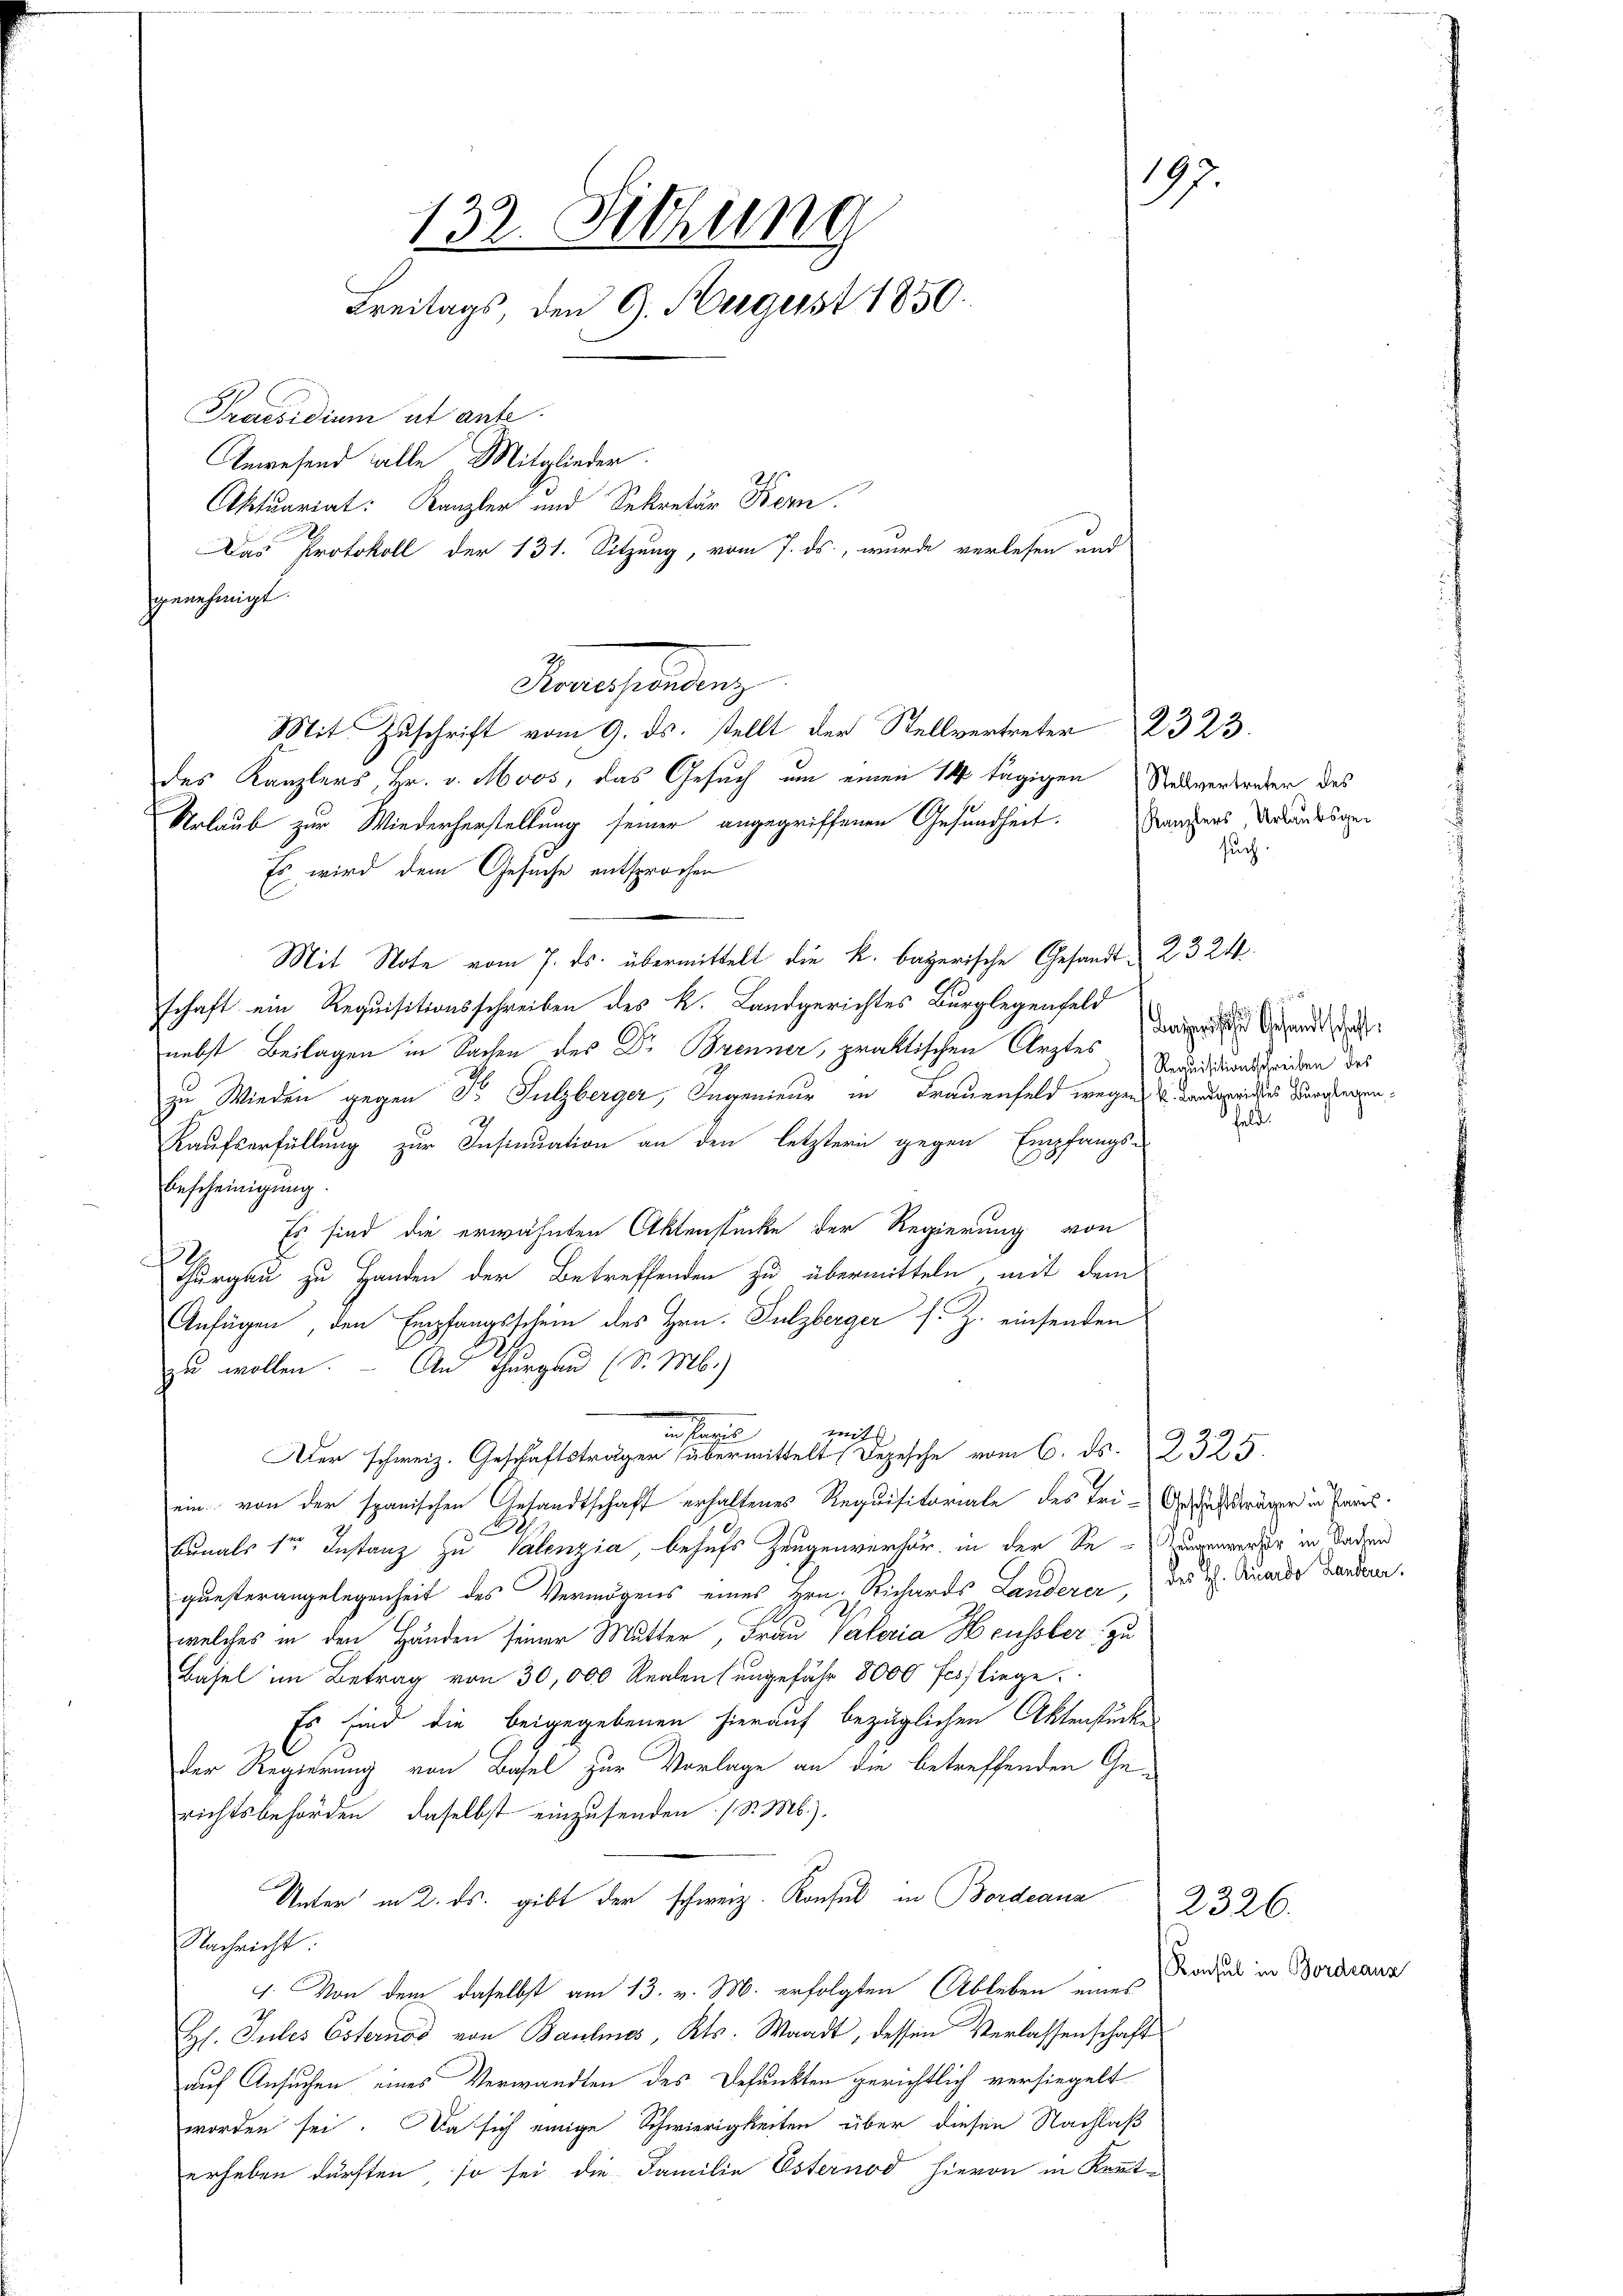
132. Sitzung
Freitags, den 9. Aergerst 1850
Praesidium ut ante.
Anwesend alle Mitglieder.
Aktuariat: Kanzler und Sekretär Bern.
Das Protokoll der 131. Sitzung, vom 7. ds., wurde verlesen und

genehmigt.
Sonstaltung
des Kanzlers, Hr. v. Moos, das Gesuch um einen 14 tägigen Redevertreten des
Urlaub zur Wiederherstellung seiner angegriffenen Gesundheit.
Es wird dem Gesuche entsprochen
Mit Note vom 7. ds. übermittelt die k. bayerische Gesandt 23 24
schaft ein Requisitionsschreiben des k. Landgerichtes Burglegenfeld
nebst Beilagen in Sachen des Dr Brenner, praktischen Arztes
zu Wieden gegen Fr. Sulzberger, Ingenieur in Frauenfeld wegen 4. Da darwider Versiegen¬
.
Kaufserfüllung zur Insinuation an den letztern gegen Empfangs-
Bescheinigung.
Es sind die erwähnten Aktenstücke der Regierung von
2
Thurgau zu Handen der Betreffenden zu übermitteln, mit dem
Anfügen, den Empfangsschein des Hrn. Sulzberger s. Z. einsenden
zu wollen. — An Thurgau (S. M.)
mit
a
Ader schweiz. Geschäftsträger übermittelt Depesche vom 6. ds. 2325.
ein von der spanischen Gesandtschaft erhaltenes Requisitoriale des Tri-Geschräger in Pas
kanals der Instanz zu Valentia, behufs Zeugenverhör, in der Se-Zwaenwerter in Saden
questerangelegenheit des Vermögens eines Hrn. Richards Landerer, des H. Vinardo Handerer.
welches in den Händen seiner Mutter, Frau Vateria Heussler zu
Basel im Betrag von 30,000 Realen (ungefähr 8000 fesfliege
Es sind die beigegebenen hierauf bezüglichen Aktenstücke
2
der Regierung von Basel zur Vorlage an die betreffenden Ge
richtsbehörden, daselbst einzusenden (S. M.).
Unter in 2. ds. gibt der schweiz. Konsul in Bordeana
Nachricht:
1. Von dem daselbst am 13. v. M. erfolgten Ableben eines
Hs. Jules Esternos von Baulines, Kts. Waadt, dessen Verlassenschaft
auf Ansuchen eines Verwandten des Befunkten gerichtlich versiegelt
worden sei. Da sich einige Schwierigkeiten über diesen Nachlaß
erheben dürften, so sei die Familie Esternod hievon in Kennt¬

Mit Zuschrift vom 9. ds. stellt der Stellvertreter 2323.

197

Kanzlers, Urlaubsgesuch.

Beizerische Gesandtschaff
Requisitionsschreiben des
feld.

Konsul in Bordeaus

2326.